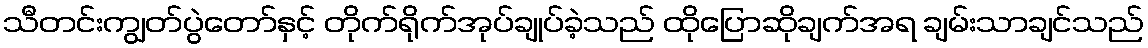
သီတင်းကျွတ်ပွဲတော်နှင့် တိုက်ရိုက်အုပ်ချုပ်ခဲ့သည် ထိုပြောဆိုချက်အရ ချမ်းသာချင်သည်